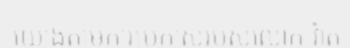
យោងតាមការប្រកាសរបស់លោក វ៉ាត់